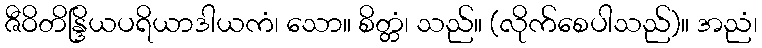
ဇီဝိတိန္ဒြိယပရိယာဒါယကံ၊ သော။ စိတ္တံ၊ သည်။ (လိုက်စေပါသည်)။ အညံ၊